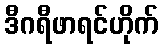
ဒီဂရီဖာရင်ဟိုက်